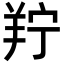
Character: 羜